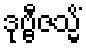
ဒုဗ္ဗီဇသ္မိံ